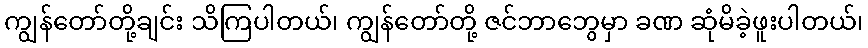
ကျွန်တော်တို့ချင်း သိကြပါတယ်၊ ကျွန်တော်တို့ ဇင်ဘာဘွေမှာ ခဏ ဆုံမိခဲ့ဖူးပါတယ်၊